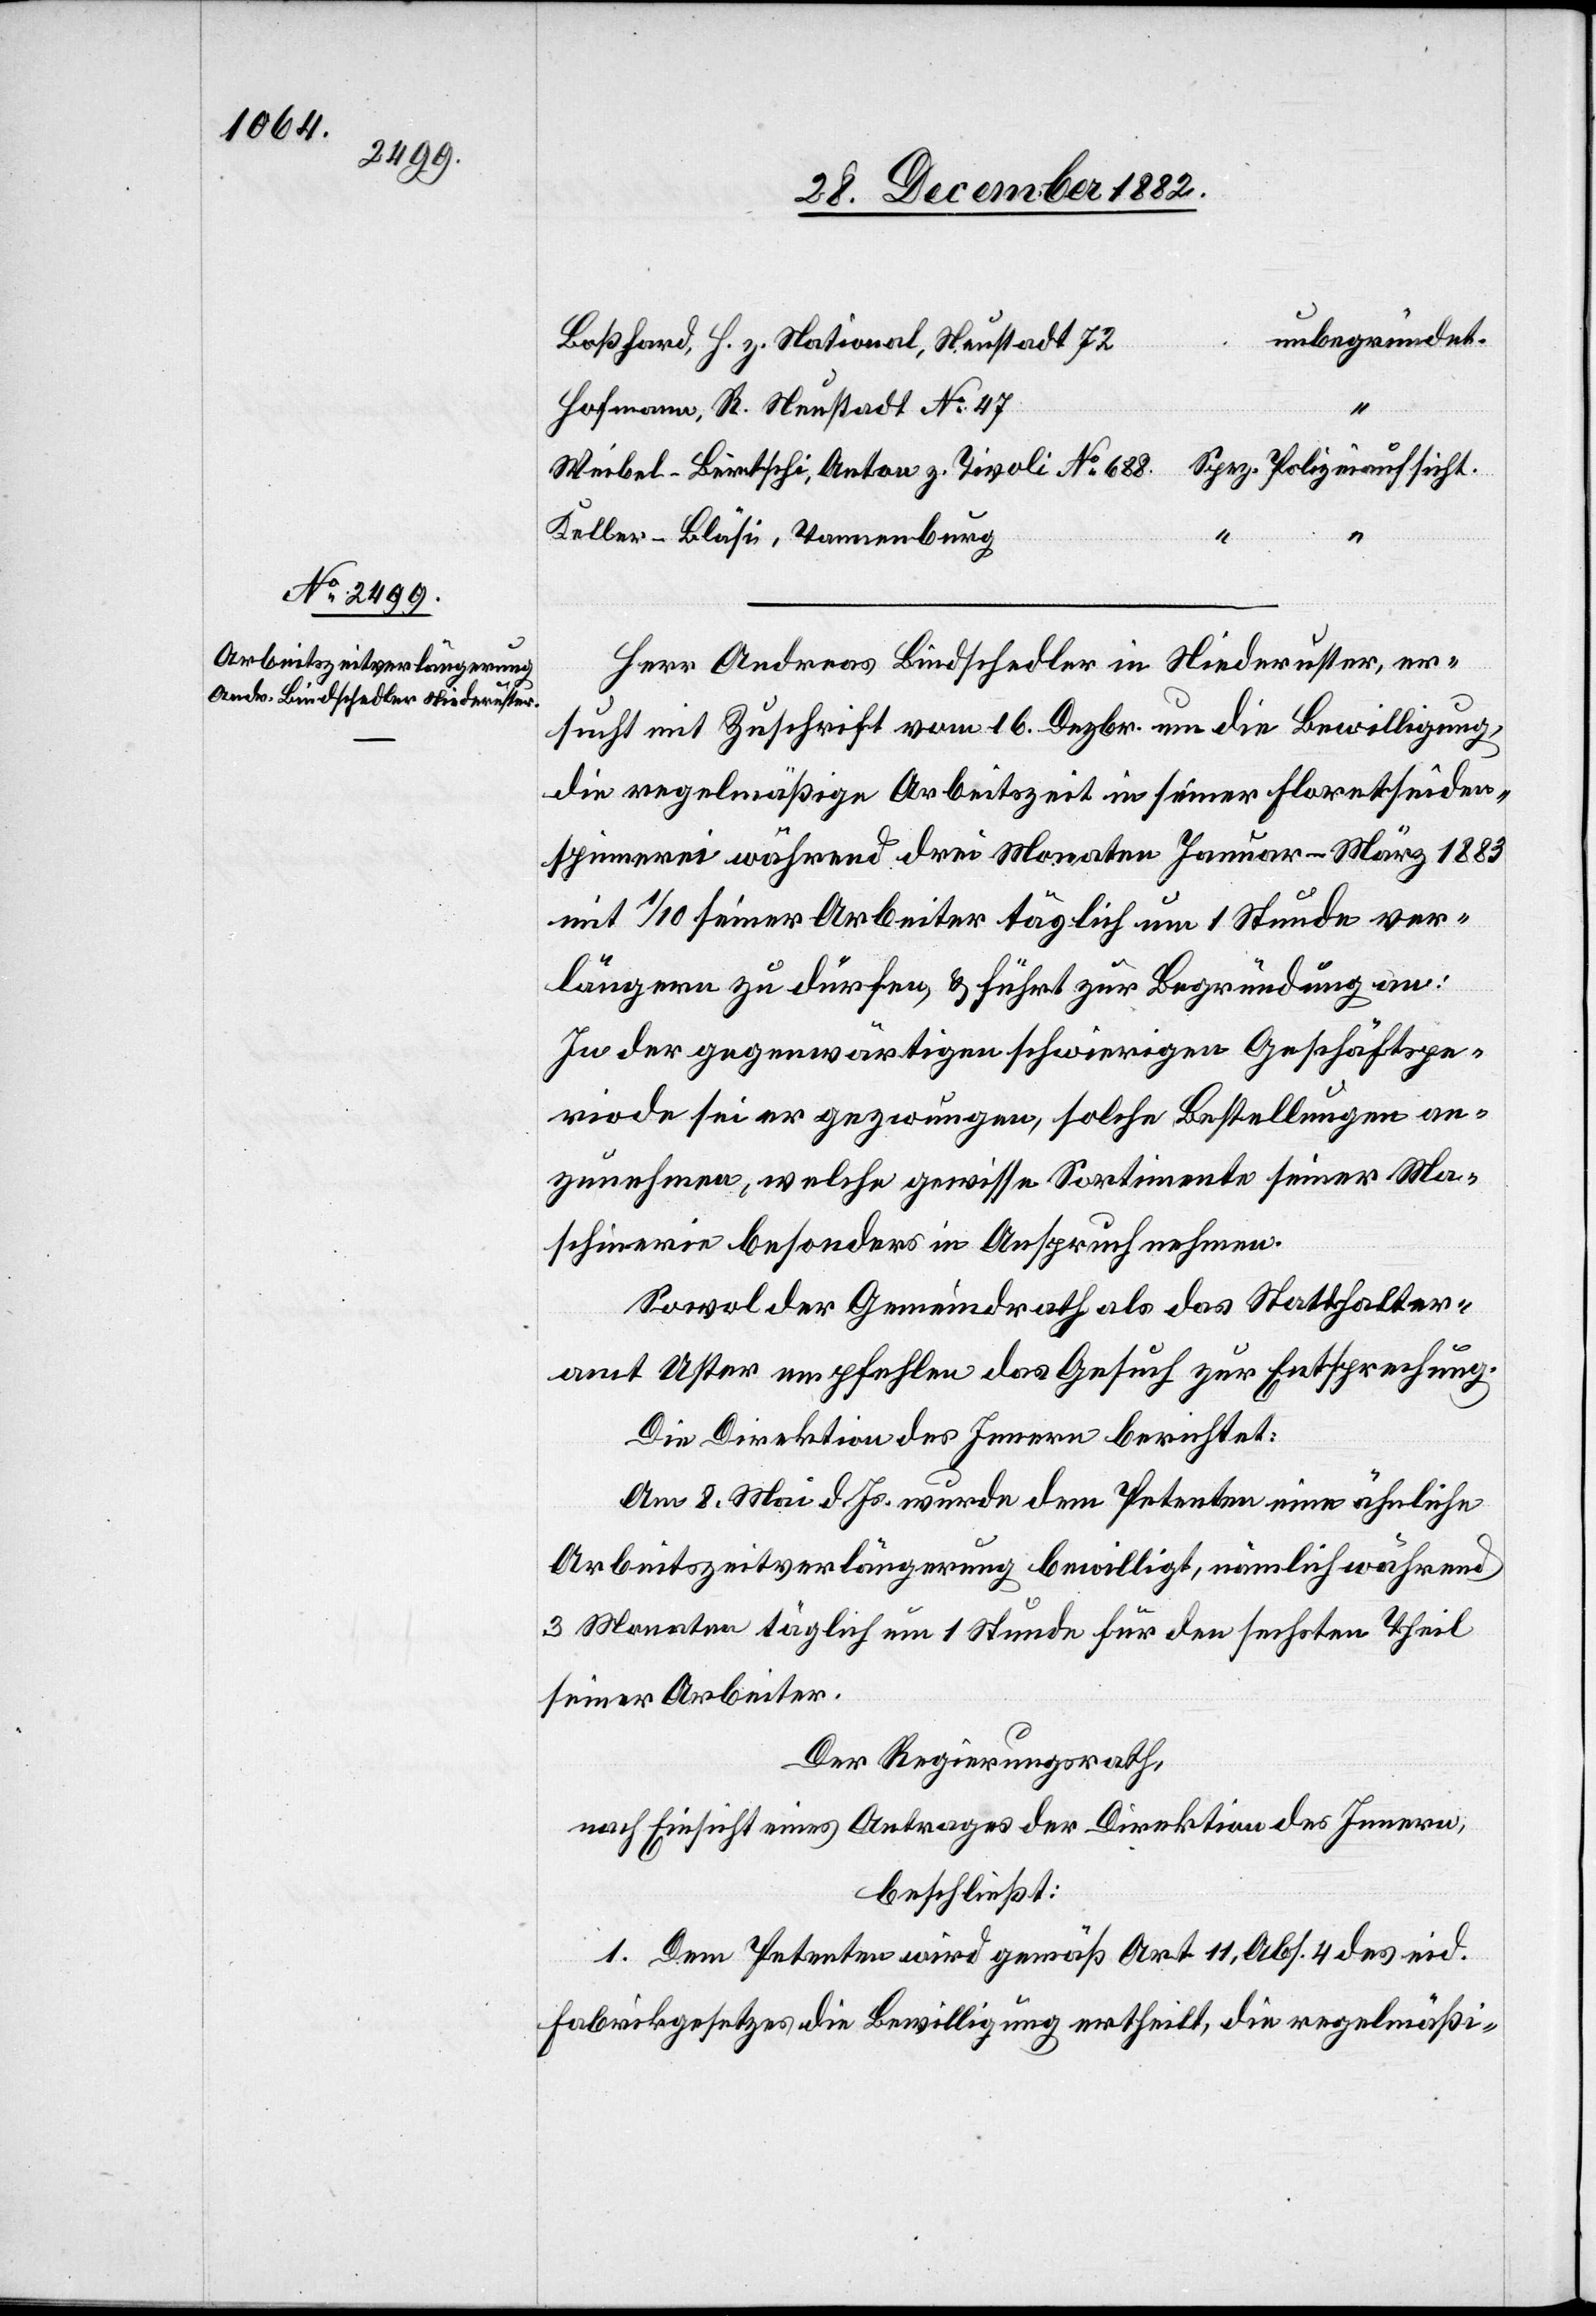
unbegründet.
Boßhard, H. z. National, Neustadt 72
Hofmann, R. Neustadt No 47
Spez. Polizeiaufsicht
Weibel-Bärtschi, Anton z. Tivoli No 688.
Keller-Bläsi, Tannenburg
Herr Andreas Bindschedler in Niederuster, er¬
sucht mit Zuschrift vom 16. Dezbr. um die Bewilligung,
die regelmäßige Arbeitszeit in seiner Floretseiden¬
spinnerei während drei Monaten Januar–März 1883
mit 1/10 seiner Arbeiter täglich um 1 Stunde ver¬
längern zu dürfen, & führt zur Begründung an:
In der gegenwärtigen schwierigen Geschäftspe¬
riode sei er gezwungen, solche Bestellungen an¬
zunehmen, welche gewisse Sortimente seiner Ma¬
schinerie besondern in Anspruch nehmen.
Sowol der Gemeindrath als das Statthalter¬
amt Uster empfehlen das Gesuch zur Entsprechung.
Die Direktion des Innern berichtet:
Am 8. Mai d. Js. wurde dem Petenten eine ähnliche
Arbeitszeitverlängerung bewilligt, nämlich während
3 Monaten täglich um 1 Stunde für den sechsten Theil
seiner Arbeiter.
Der Regierungsrath,
nach Einsicht eines Antrages der Direktion des Innern,
beschließt:
1. Dem Petenten wird gemäß Art. 11, Abs. 4 des eid.
Fabrikgesetzes die Bewilligung ertheilt, die regelmäßi-